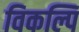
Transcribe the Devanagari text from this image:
विकल्पि